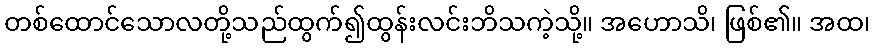
တစ်ထောင်သောလတို့သည်ထွက်၍ထွန်းလင်းဘိသကဲ့သို့။ အဟောသိ၊ ဖြစ်၏။ အထ၊